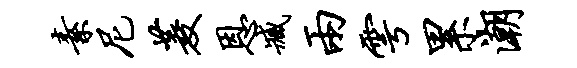
素尼菱恩臧两雩累潮